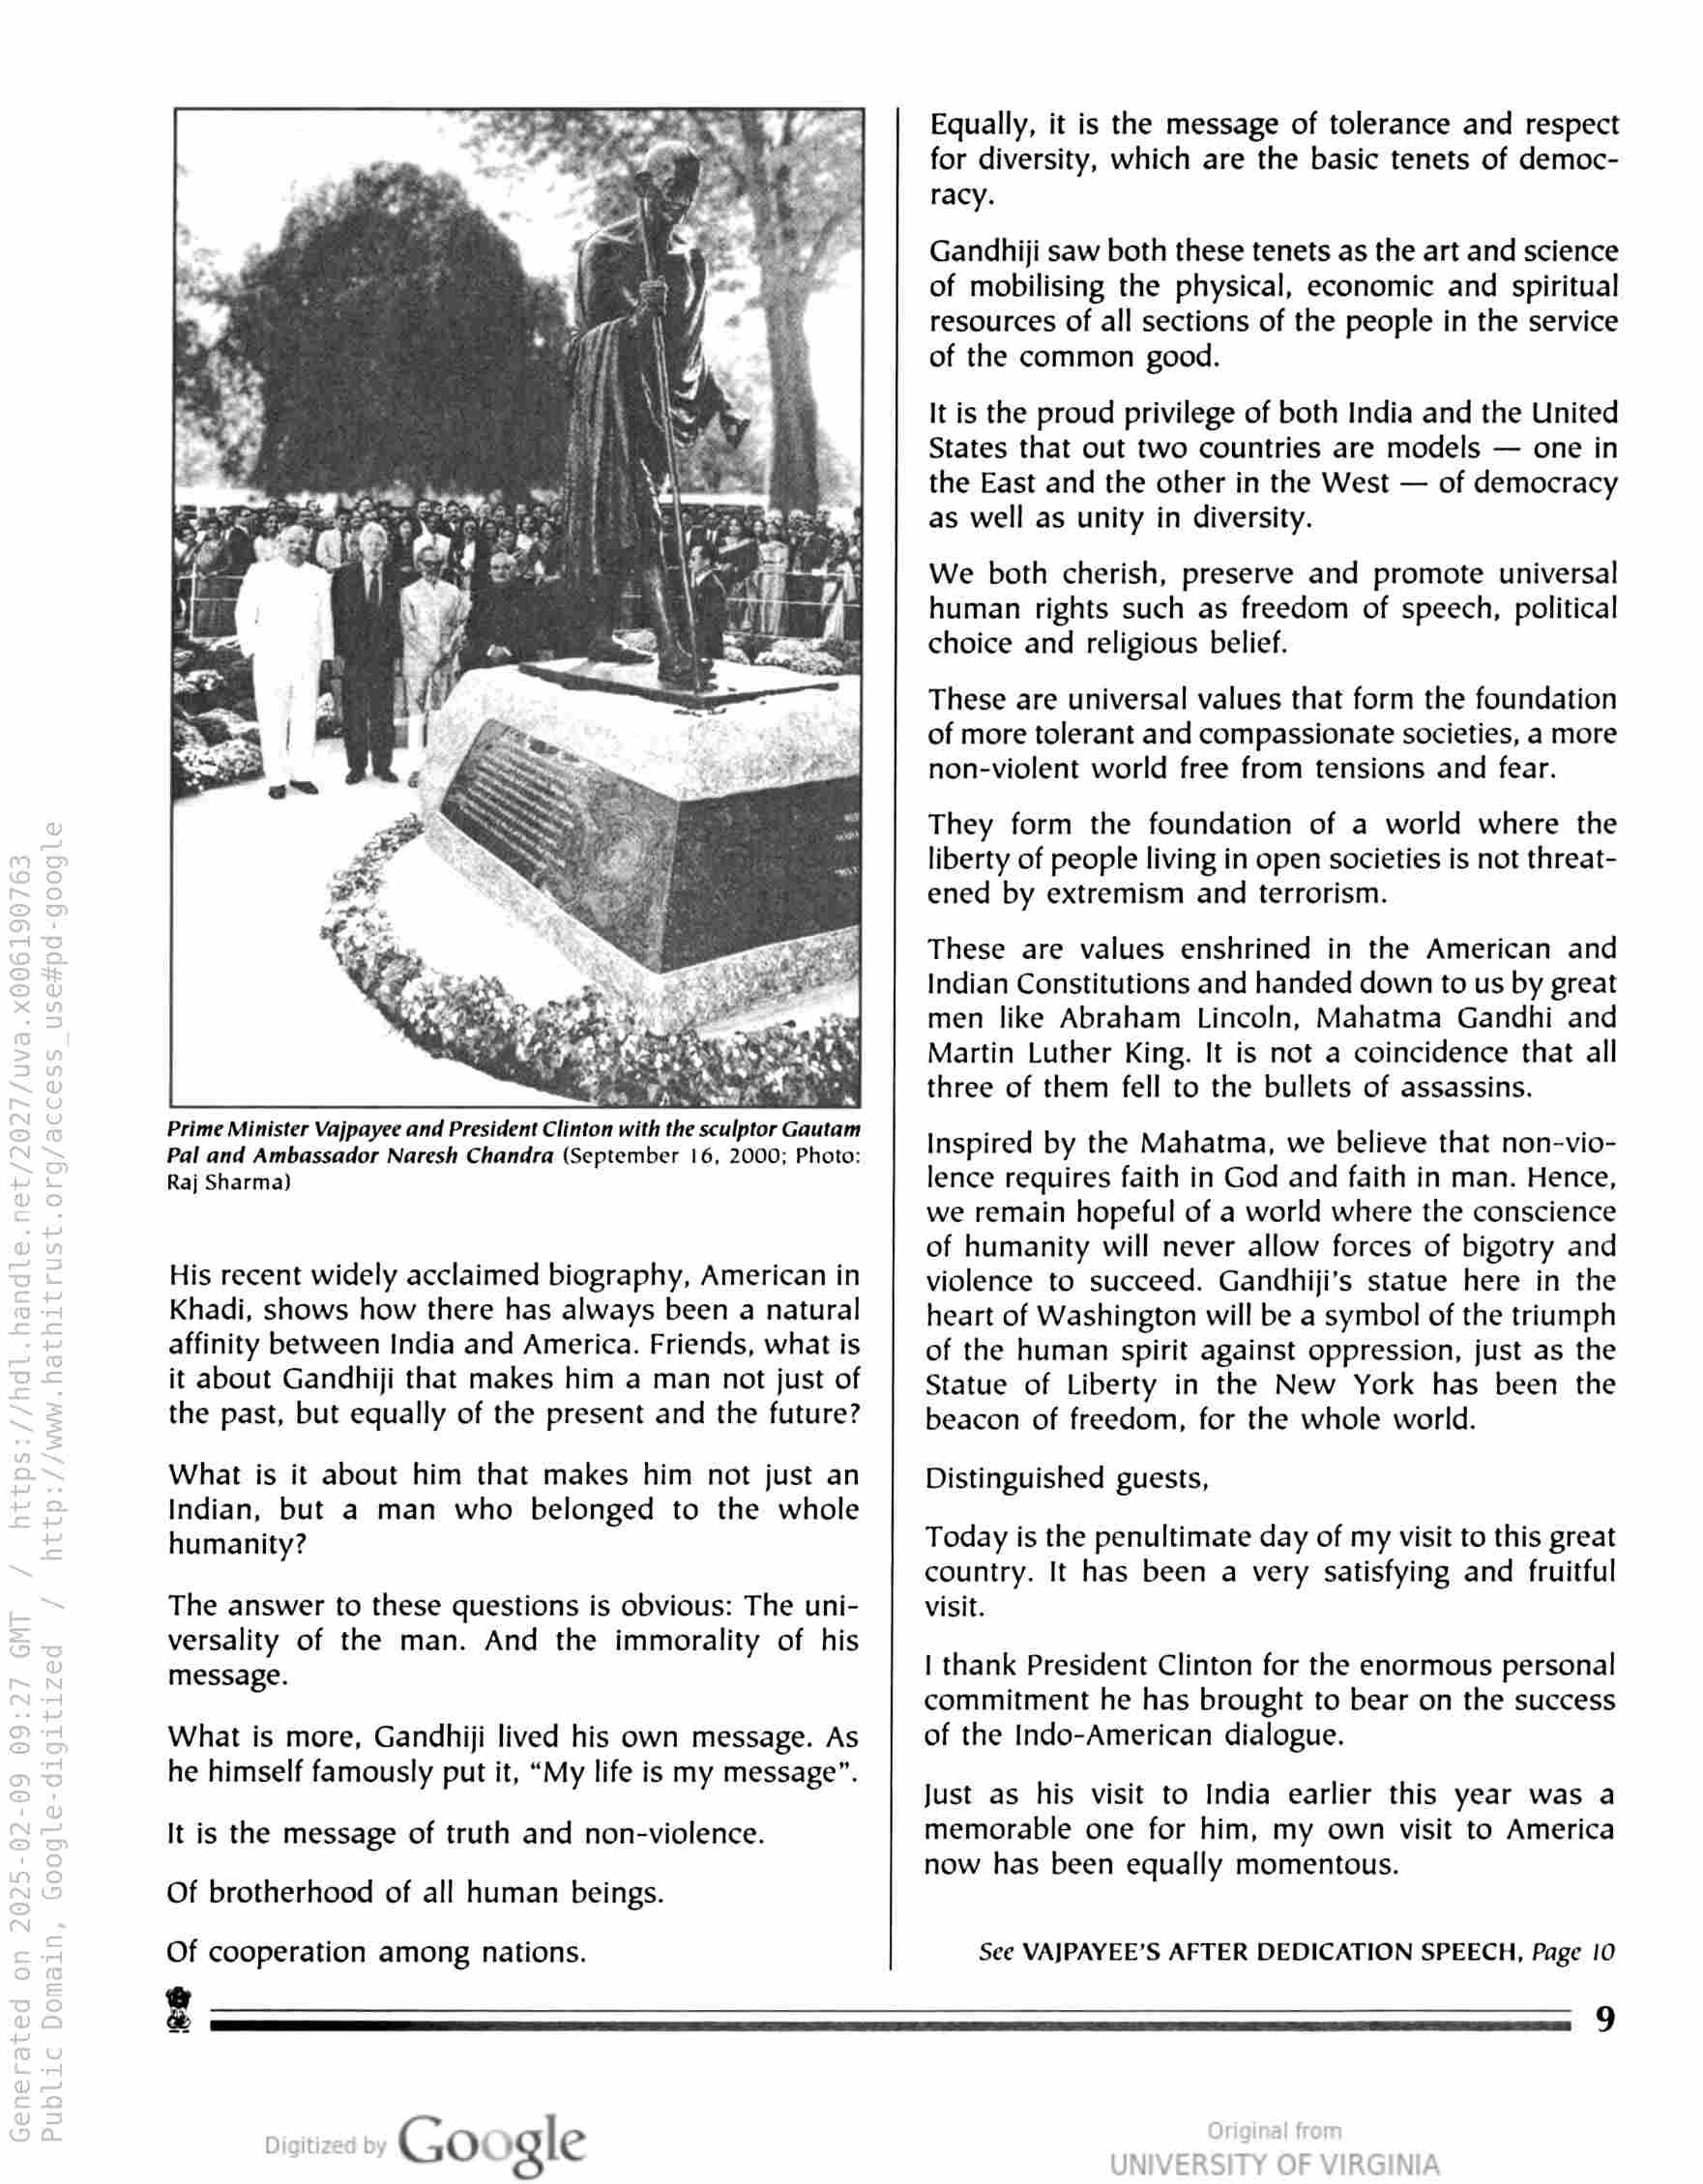
Prime Minister Vajpayee and President Clinton with the sculptor Gautam
Pal and Ambassador Naresh Chandra (September 16, 2000; Photo:
Raj Sharma)

His recent widely acclaimed biography, American in
Khadi, shows how there has always been a natural
affinity between India and America. Friends, what is
it about Gandhiji that makes him a man not just of
the past, but equally of the present and the future?

What is it about him that makes him not just an
Indian, but a man who belonged to the whole
humanity?

The answer to these questions is obvious: The uni-
versality of the man. And the immorality of his
message.

What is more, Gandhiji lived his own message. As
he himself famously put it, “My life is my message”.

It is the message of truth and non-violence.
Of brotherhood of all human beings.

Of cooperation among nations.

Equally, it is the message of tolerance and respect
for diversity, which are the basic tenets of democ-
racy.

Gandhiji saw both these tenets as the art and science
of mobilising the physical, economic and spiritual
resources of all sections of the people in the service
of the common good.

It is the proud privilege of both India and the United
States that out two countries are models — one in
the East and the other in the West — of democracy
as well as unity in diversity.

We both cherish, preserve and promote universal
human rights such as freedom of speech, political
choice and religious belief.

These are universal values that form the foundation
of more tolerant and compassionate societies, a more
non-violent world free from tensions and fear.

They form the foundation of a world where the
liberty of people living in open societies is not threat-
ened by extremism and terrorism.

These are values enshrined in the American and
Indian Constitutions and handed down to us by great
men like Abraham Lincoln, Mahatma Gandhi and
Martin Luther King. It is not a coincidence that all
three of them fell to the bullets of assassins.

Inspired by the Mahatma, we believe that non-vio-
lence requires faith in God and faith in man. Hence,
we remain hopeful of a world where the conscience
of humanity will never allow forces of bigotry and
violence to succeed. Gandhiji’s statue here in the
heart of Washington will be a symbol of the triumph
of the human spirit against oppression, just as the
Statue of Liberty in the New York has been the
beacon of freedom, for the whole world.

Distinguished guests,

Today is the penultimate day of my visit to this great
country. It has been a very satisfying and fruitful
visit.

| thank President Clinton for the enormous personal

commitment he has brought to bear on the success
of the Indo-American dialogue.

Just as his visit to India earlier this year was a
memorable one for him, my own visit to America
now has been equally momentous.

See VAJPAYEE’S AFTER DEDICATION SPEECH, Page 10

@

» Google

9